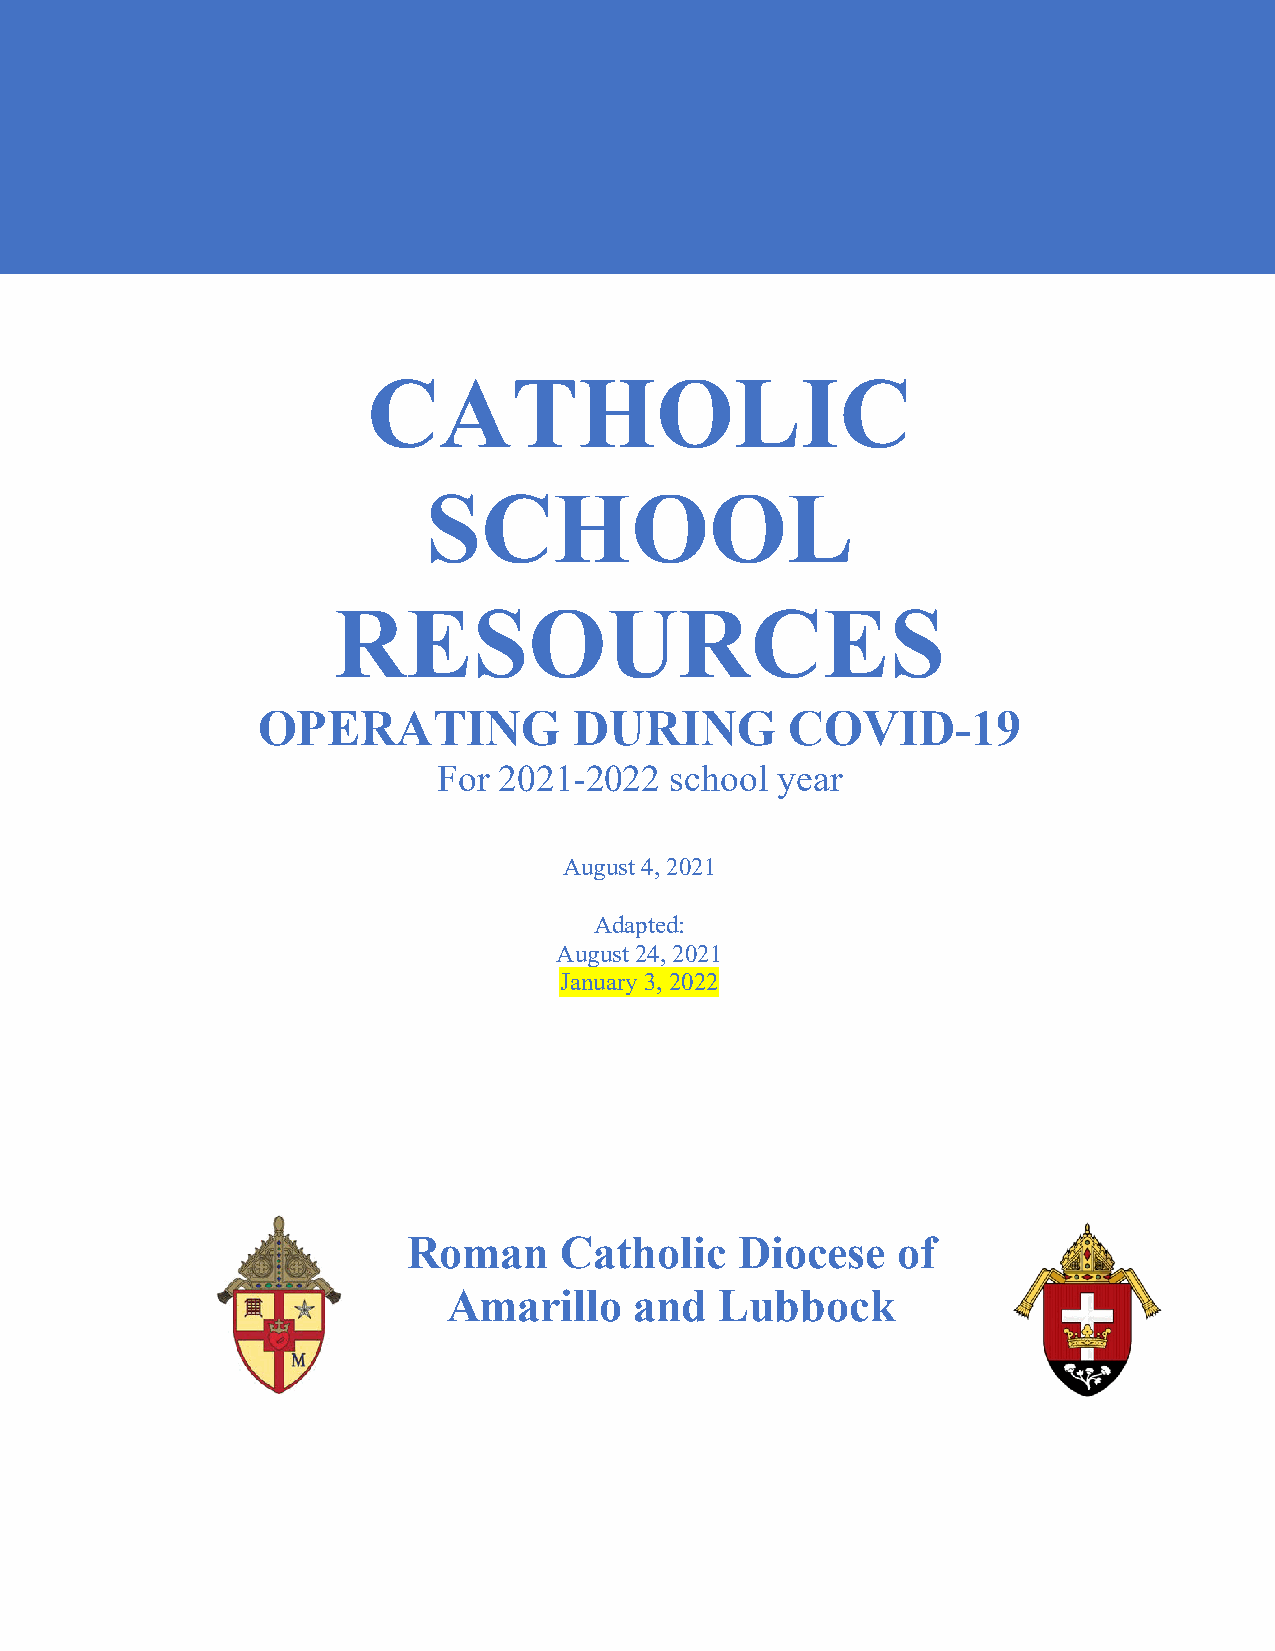
CATHOLIC
 SCHOOL
 RESOURCES
 OPERATING            DURING        COVID-19
 For 2021-2022  school year
 August 4, 2021
 Adapted:
 August 24, 2021
 January 3, 2022
 Roman     Catholic    Diocese   of
 Amarillo    and   Lubbock